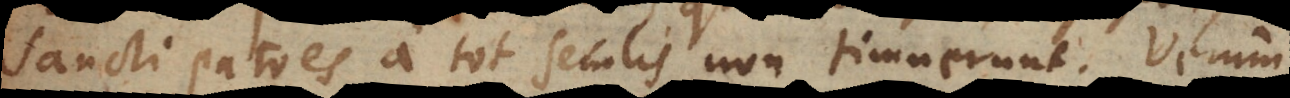
sancti Patres a tot seculis non timuerunt. Verum